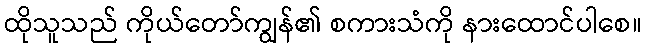
ထိုသူသည် ကိုယ်တော်ကျွန်၏ စကားသံကို နားထောင်ပါစေ။